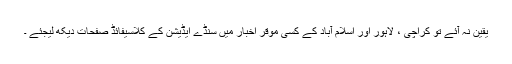
یقین نہ آئے تو کراچی ، لاہور اور اسلام آباد کے کسی موقر اخبار میں سنڈے ایڈیشن کے کلاسیفائڈ صفحات دیکھ لیجئے ۔